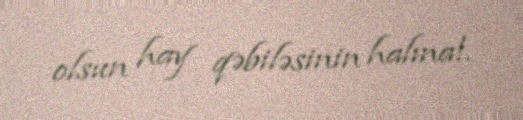
olsun hay qəbiləsinin halına!.